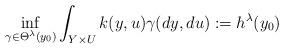
LaTeX: \begin{align*}\inf_{\gamma\in \Theta^{\lambda}(y_0) }\int_{Y\times U}k(y,u)\gamma(dy,du) := h^{\lambda}(y_0)\end{align*}